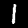
Digit: 1